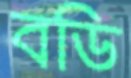
বডি